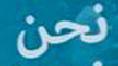
نحن